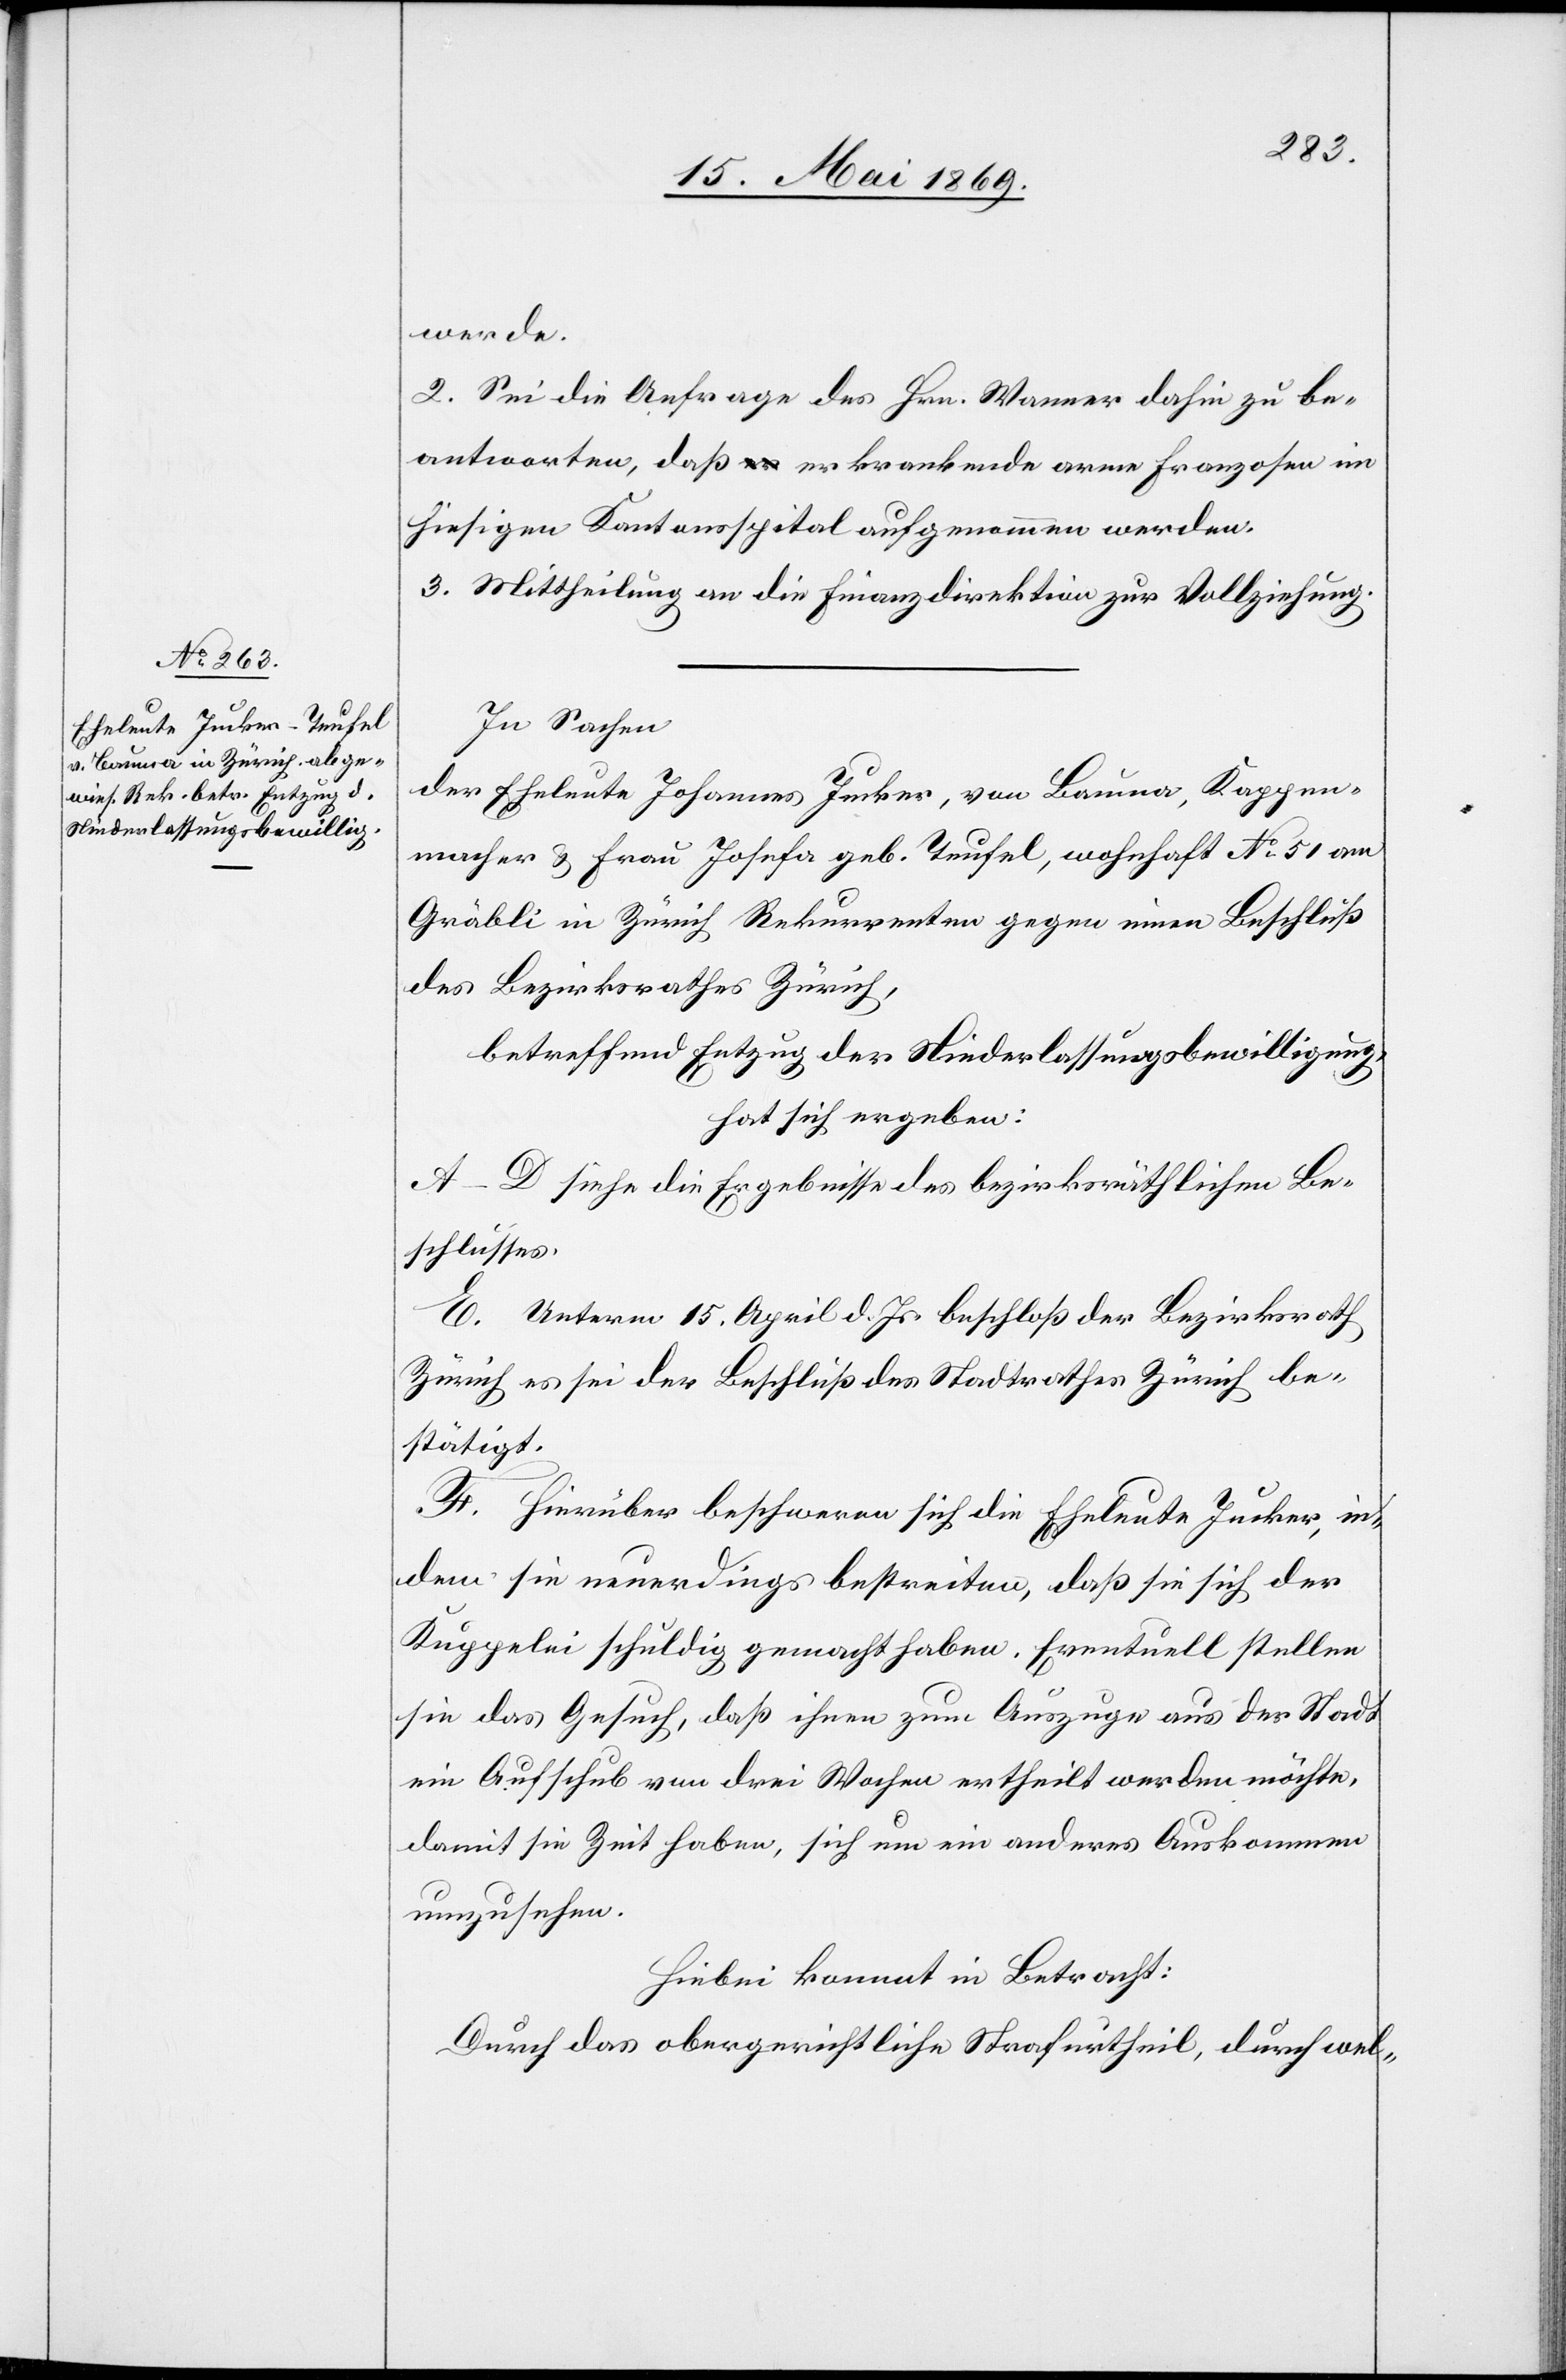
werde.
2. Sei die Anfrage des Hrn. Wanner dahin zu be¬
antworten, daß erkrankende arme Franzosen im
hiesigen Kantonsspital aufgenommen werden.
3. Mittheilung an die Finanzdirektion zur Vollziehung.
In Sachen
der Eheleute Johannes Jucker, von Bauma, Kappen¬
macher u. Frau Josefa geb. Teufel, wohnhaft N° 51 am
Gräbli in Zürich Rekurrenten gegen einen Beschluß
des Bezirksrathes Zürich,
betreffend Entzug der Niederlaßungsbewilligung,
hat sich ergeben:
A–D. siehe die Ergebnisse des bezirksräthlichen Be¬
schlusses.
E. Unterm 15. April d. Js. beschloß der Bezirksrath
Zürich es sei der Beschluß des Stadtrathes Zürich be¬
stätigt.
F. Hierüber beschweren sich die Eheleute Jucker, in¬
dem sie neuerdings bestreiten, daß sie sich der
Kuppelei schuldig gemacht haben. Eventuell stellen
sie das Gesuch, daß ihnen zum Auszuge aus der Stadt
ein Aufschub von drei Wochen ertheilt werden möchte,
damit sie Zeit haben, sich um ein anderes Auskommen
umzusehen.
Hiebei kommt in Betracht:
Durch das obergerichtliche Strafurtheil, durch wel-